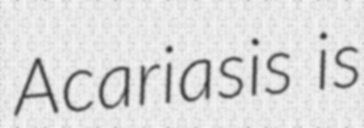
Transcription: Acariasis is